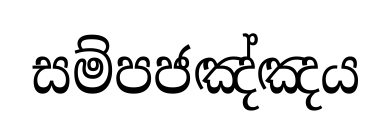
සම්පජඤ්ඤය